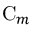
\mathrm { C } _ { m }